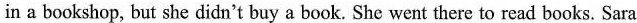
in a bookshop, but she didn't buy a book. She went there to read books. Sara